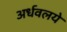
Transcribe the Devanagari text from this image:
अर्धवलये